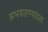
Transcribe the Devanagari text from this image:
अभयारण्यातला